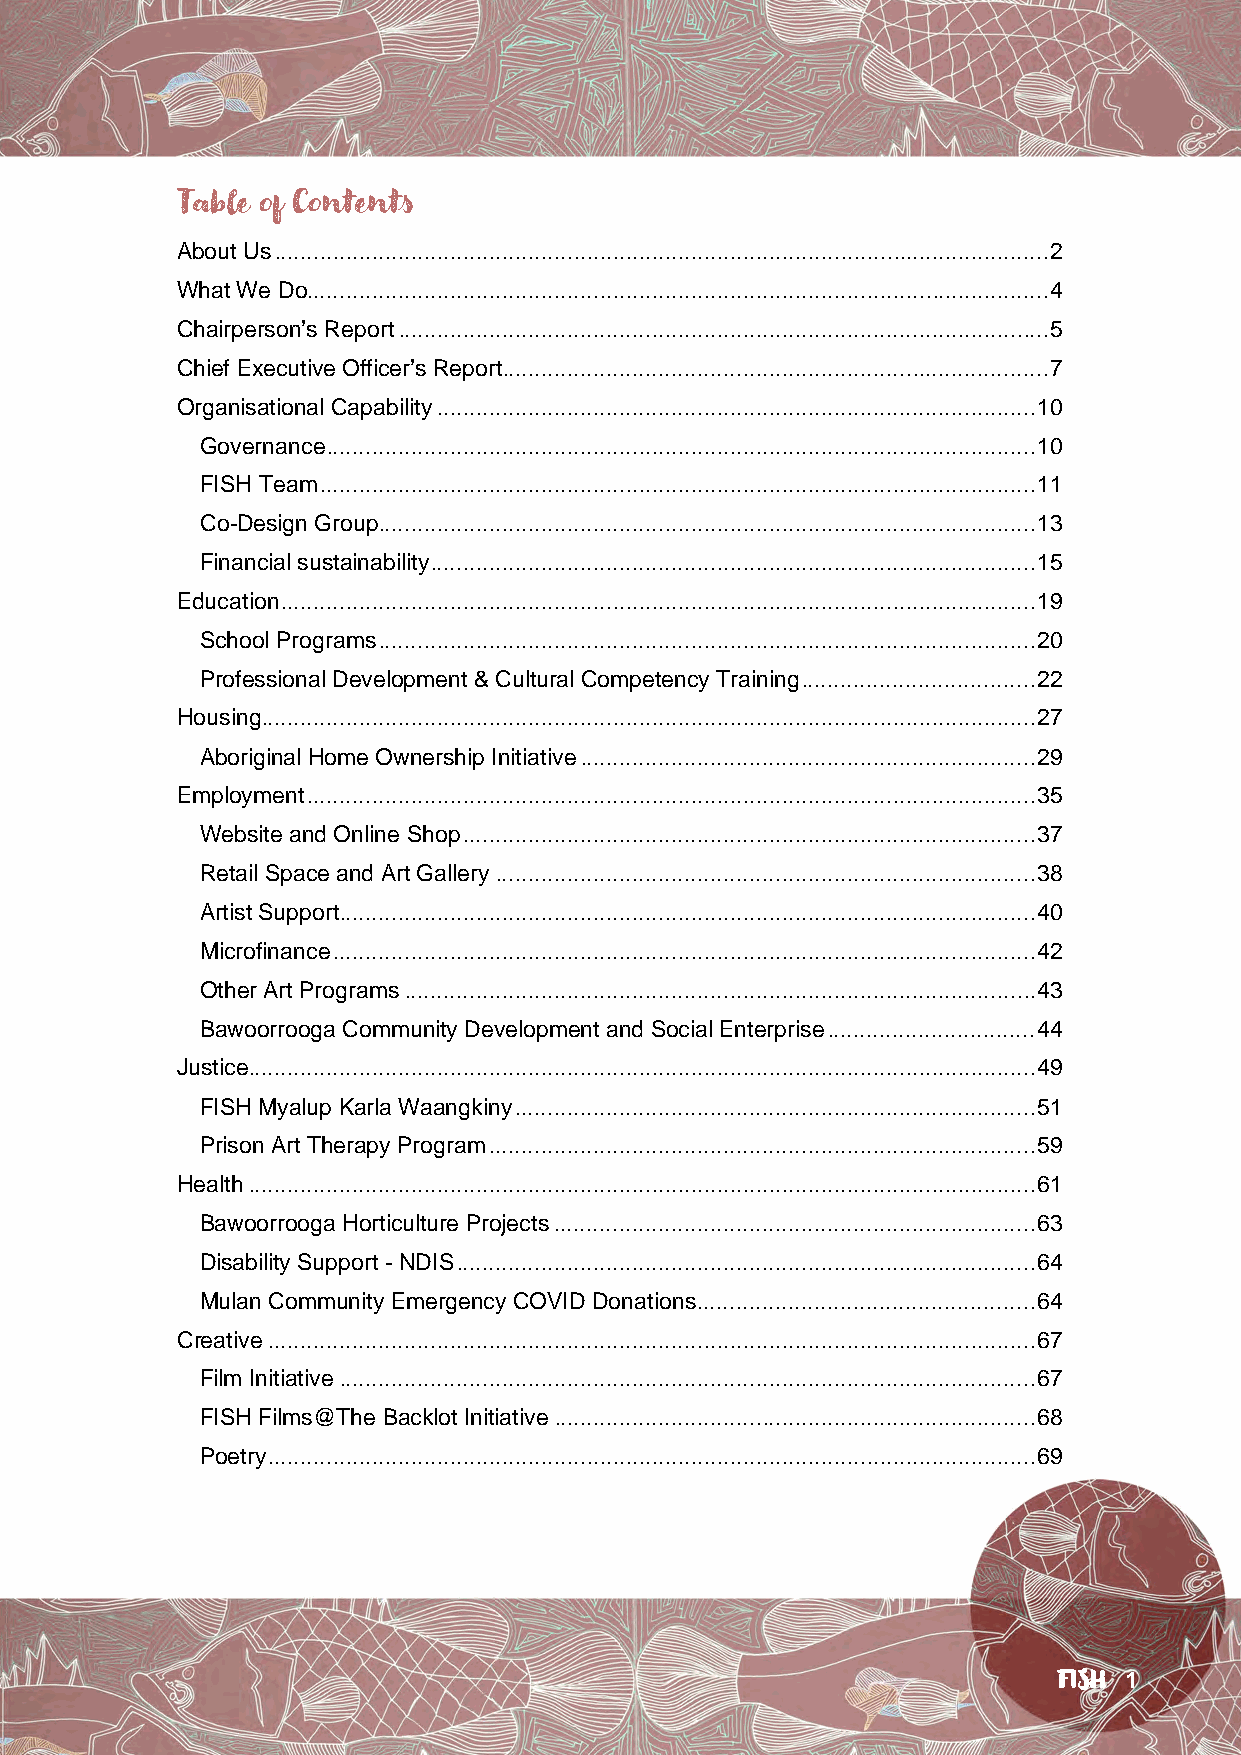
Table of Contents
 About Us ....................................................................................................................... 2
 What We Do.................................................................................................................. 4
 Chairperson’s Report .................................................................................................... 5
 Chief Executive Officer’s Report.................................................................................... 7
 Organisational Capability ............................................................................................ 10
 Governance ............................................................................................................. 10
 FISH Team .............................................................................................................. 11
 Co-Design Group ..................................................................................................... 13
 Financial sustainability ............................................................................................. 15
 Education .................................................................................................................... 19
 School Programs ..................................................................................................... 20
 Professional Development & Cultural Competency Training .................................... 22
 Housing ....................................................................................................................... 27
 Aboriginal Home Ownership Initiative ...................................................................... 29
 Employment ................................................................................................................ 35
 Website and Online Shop ........................................................................................ 37
 Retail Space and Art Gallery ................................................................................... 38
 Artist Support ........................................................................................................... 40
 Microfinance ............................................................................................................ 42
 Other Art Programs ................................................................................................. 43
 Bawoorrooga Community Development and Social Enterprise ................................ 44
 Justice ......................................................................................................................... 49
 FISH Myalup Karla Waangkiny ................................................................................ 51
 Prison Art Therapy Program .................................................................................... 59
 Health ......................................................................................................................... 61
 Bawoorrooga Horticulture Projects .......................................................................... 63
 Disability Support - NDIS ......................................................................................... 64
 Mulan Community Emergency COVID Donations .................................................... 64
 Creative ...................................................................................................................... 67
 Film Initiative ........................................................................................................... 67
 FISH Films@The Backlot Initiative .......................................................................... 68
 Poetry ...................................................................................................................... 69
 FISH 1